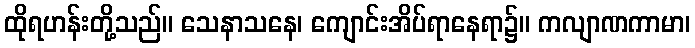
ထိုရဟန်းတို့သည်။ သေနာသနေ၊ ကျောင်းအိပ်ရာနေရာ၌။ ကလျာဏကာမာ၊